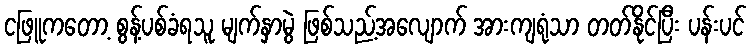
ငဖြူကတော့ စွန့်ပစ်ခံရသူ မျက်နှာမွဲ ဖြစ်သည့်အလျောက် အားကျရုံသာ တတ်နိုင်ပြီး ပန်းပင်